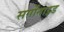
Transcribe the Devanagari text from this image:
सर्गोनाइड